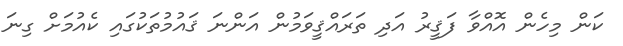
ކަން މިހެން އޮއްވާ ފަޤީރު އަދި ތަރައްޤީވަމުން އަންނަ ޤައުމުތަކުގައި ކެއުމަށް ގިނަ